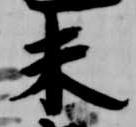
未